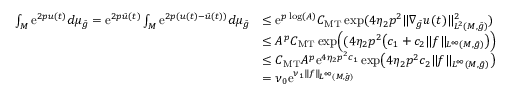
\begin{array} { r l } { \int _ { M } \mathrm { e } ^ { 2 p u ( t ) } d \mu _ { \bar { g } } = \mathrm { e } ^ { 2 p \bar { u } ( t ) } \int _ { M } \mathrm { e } ^ { 2 p ( u ( t ) - \bar { u } ( t ) ) } d \mu _ { \bar { g } } } & { \le \mathrm { e } ^ { p \log ( A ) } C _ { \mathrm { M T } } \exp ( 4 \eta _ { 2 } p ^ { 2 } \| \nabla _ { \bar { g } } u ( t ) \| _ { L ^ { 2 } ( M , \bar { g } ) } ^ { 2 } ) } \\ & { \le A ^ { p } C _ { \mathrm { M T } } \exp \Bigl ( ( 4 \eta _ { 2 } p ^ { 2 } \bigl ( c _ { 1 } + c _ { 2 } \| f \| _ { L ^ { \infty } ( M , \bar { g } ) } \bigr ) \Bigr ) } \\ & { \le C _ { \mathrm { M T } } A ^ { p } \mathrm { e } ^ { 4 \eta _ { 2 } p ^ { 2 } c _ { 1 } } \exp \bigl ( 4 \eta _ { 2 } p ^ { 2 } c _ { 2 } \| f \| _ { L ^ { \infty } ( M , \bar { g } ) } \bigr ) } \\ & { = \nu _ { 0 } \mathrm { e } ^ { \nu _ { 1 } \| f \| _ { L ^ { \infty } ( M , \bar { g } ) } } } \end{array}